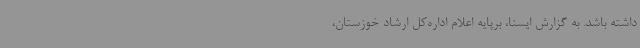
داشته باشد. به گزارش ایسنا، برپایه اعلام اداره‌کل ارشاد خوزستان،